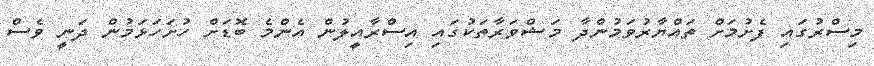
މިސްރުގައި ފެށުމަށް ތައްޔާރުވަމުންދާ މަޝްވަރާތަކުގައި އިސްރާއީލުން އެންމެ ބޮޑަށް ހުށަހަޅަމުން ދަނީ ވެސް